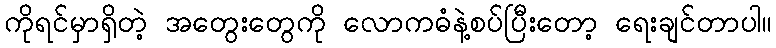
ကိုရင်မှာရှိတဲ့ အတွေးတွေကို လောကဓံနဲ့စပ်ပြီးတော့ ရေးချင်တာပါ။